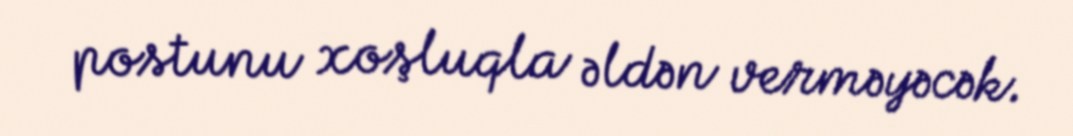
postunu xoşluqla əldən verməyəcək.